Vaccination report Assam 1874-1896 - 1874-1896
Year: 1874
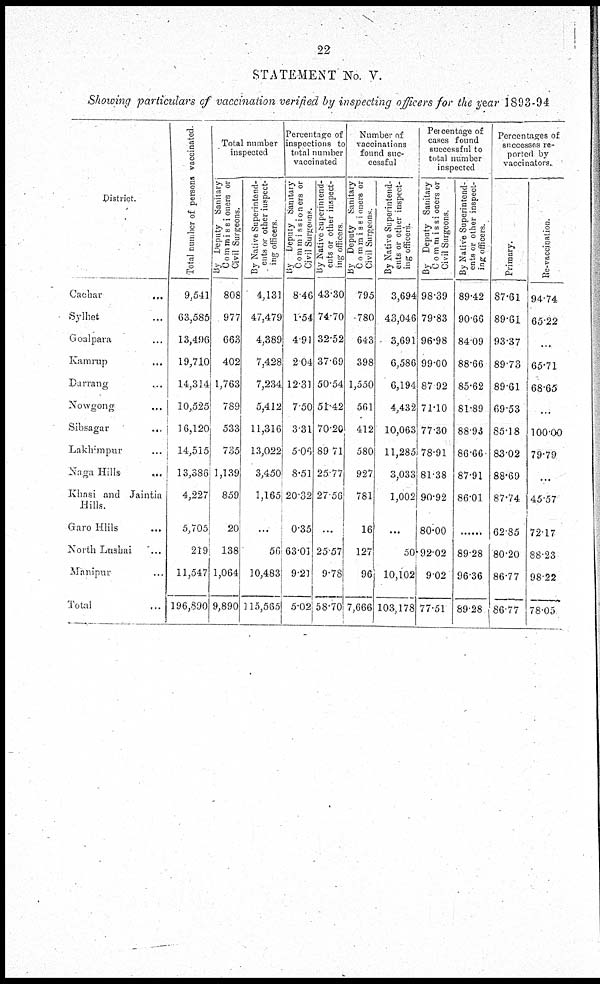
22
STATEMENT No. V.
Showing particulars of vaccination verified by inspecting officers for the year 1893-94
District.
Cachar
...
Sylhet ...
Goalpara ...
Kamrup ...
Darrang ...
Nowgong ...
Sibsagar
...
Lakhimpur ...
Naga Hills
...
Khasi and Jaintia
Hills.
Garo Hills
...
North Lushai
...
Manipur ...
Total ...
Total number of persons vaccinated.
9,541
63,585
13,496
19,710
14,314
10,525
16,120
14,515
13,386
4,227
5,705
219
11,547
196,890
Total number
inspected
By Deputy Sanitary
Commissioners or
Civil Surgeons.
805
977
663
402
1,763
789
533
735
1,139
859
20
138
1,064
9,890
By Native Superintend¬
ents or other inspect¬
ing officers.
4,131
47,479
4,389
7,428
7,234
5,412
11,316
13,022
3,450
1,165
...
56
10,483
115,565
Percentage of
inspections to
total number
vaccinated
By Deputy Sanitary
Commissioners or
Civil Surgeons.
8.46
1.54
4.91
2.04
12.31
7.50
3.31
5.06
8.51
20.32
0.35
63.01
9.21
5.02
By Native Superintend-
ents or other inspect-
ing officers.
43.30
74.70
32.52
37.69
50.54
51.42
70.20
89.71
25.77
27.56
...
25.57
9.78
58.70
Number of
vaccinations
found suc-
cessful
By Deputy Sanitary
Commissioners or
Civil Surgeons.
795
780
643
398
1,550
561
412
580
927
781
16
127
96
7,666
By Native Superintend-
ents of other inspect-
ing officers.
3,694
43,046
3,691
6,586
6,194
4,432
10,063
11,285
3,033
1,002
...
50
10,102
103,178
Percentage of
cases found
successful to
total number
inspected
By Deputy Sanitary
Commissioners or
Civil Surgeons.
98.39
79.83
96.98
99.00
87.92
71.10
77.30
78.91
81.38
90.92
80.00
92.02
9.02
77.51
By Native Superintend-
ents or other inspect-
ing officers.
89.42
90.66
84.09
88.66
85.62
81.89
88.93
86.66
87.91
86.01
......
89.28
96.36
89.28
Percentages of
successes re-
ported by
vaccinators.
Primary.
87.61
89.61
93.37
89.73
89.61
69.53
85.18
83.02
88.69
87.74
62.85
80.20
86.77
86.77
Re-vaccination.
94.74
65.22
...
65.71
68.65
...
100.00
79.79
...
45.57
72.17
88.23
98.22
78.05